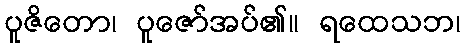
ပူဇိတော၊ ပူဇော်အပ်၏။ ရထေသဘ၊